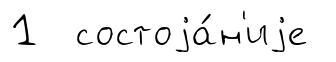
1 состоjа́н'иjе